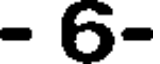
- 6-